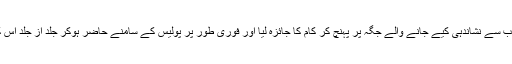
متعلقہ کمپنی نے عوام کی جانب سے نشاندہی کیے جانے والے جگہ پر پہنچ کر کام کا جائزہ لیا اور فوری طور پر پولیس کے سامنے حاضر ہوکر جلد از جلد اس کو درست کرنے کا تیقن دلایا۔